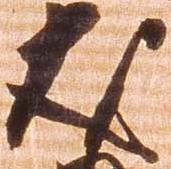
友